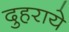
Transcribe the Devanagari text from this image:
दुहराये